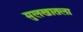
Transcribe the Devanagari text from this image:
मुलखातला